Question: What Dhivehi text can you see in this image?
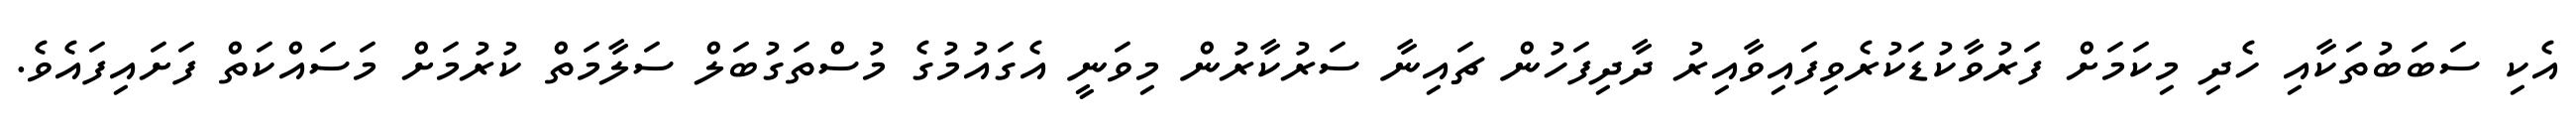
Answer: އެކި ސަބަބުތަކާއި ހެދި މިކަމަށް ފަރުވާކުޑަކުރެވިފައިވާއިރު ދާދިފަހުން ޗައިނާ ސަރުކާރުން މިވަނީ އެގައުމުގެ މުސްތަގުބަލް ސަލާމަތް ކުރުމަށް މަސައްކަތް ފަށައިފައެވެ.